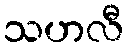
သဟလီ